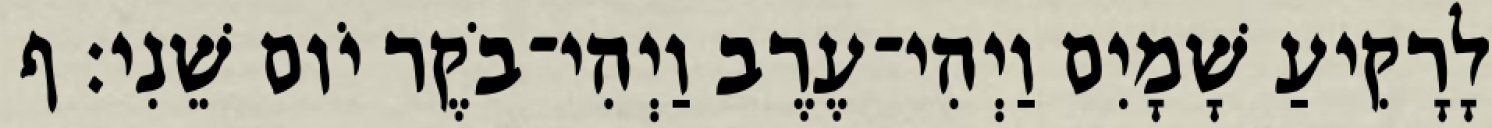
לָרָקִיעַ שָׁמָיִם וַיְהִי־עֶרֶב וַיְהִי־בֹקֶר יֹום שֵׁנִי׃ ף